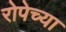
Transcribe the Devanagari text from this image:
रोपेच्या